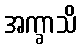
အက္ခာသိ